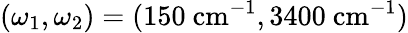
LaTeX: (\omega_{1},\omega_{2})=(150~\mathrm{cm}^{-1},3400~\mathrm{cm}^{-1})